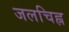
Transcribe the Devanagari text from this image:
जलचिह्न